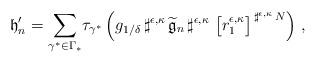
LaTeX: \begin{align*}\mathfrak{h}'_n&=\underset{\gamma^*\in\Gamma_*}{\sum}\tau_{\gamma^*}\left(g_{1/\delta}\,\sharp^{\epsilon,\kappa}\,\widetilde{\mathfrak{g}}_n\,\sharp^{\epsilon,\kappa}\, \,\big[r^{\epsilon,\kappa}_1\big]^{\,\sharp^{\epsilon,\kappa}\,N}\right)\,,\end{align*}